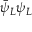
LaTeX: { \bar { \psi } } _ { L } \psi _ { L }